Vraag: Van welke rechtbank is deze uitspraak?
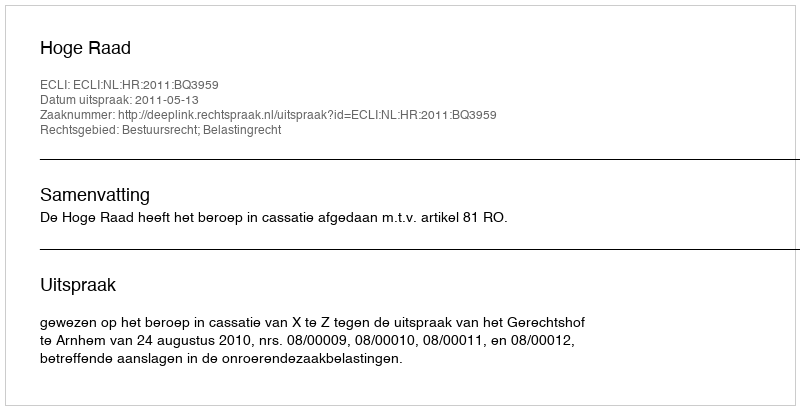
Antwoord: Hoge Raad